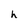
Character: h